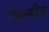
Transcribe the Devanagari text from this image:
फिल्मीत